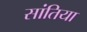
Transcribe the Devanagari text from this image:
सांतिया